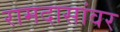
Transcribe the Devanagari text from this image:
रामदासांवर